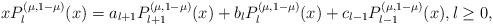
\begin{align*}xP^{(\mu,1-\mu)}_{l}(x)=a_{l+1} P^{(\mu,1-\mu)}_{l+1}(x)+b_{l}P^{(\mu,1-\mu)}_{l}(x)+c_{l-1}P^{(\mu,1-\mu)}_{l-1}(x), l\geq 0,\end{align*}